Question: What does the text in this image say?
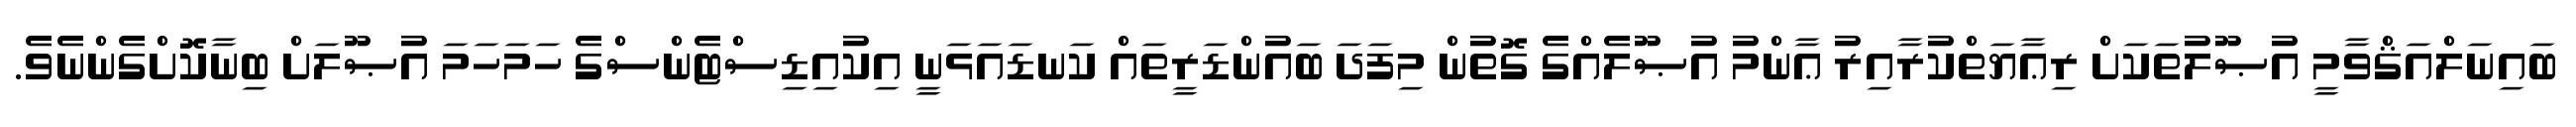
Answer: ބައިނަލްއަޤްވާމީ އުޞޫލުތަކަށް ރިޢާޔަތްކުރާއިރު ޢާންމު އުޞޫލެއްގެ ގޮތުން މިފަދަ ބައުންޑަރީތައް ކަނޑައަޅަނީ އިކުއިޑިސްޓެންސްގެ ހަމަހަމަ އުޞޫލަށް ބިނާކޮށްގެންނެވެ.